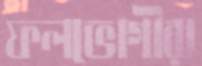
ফলভোগীরা